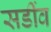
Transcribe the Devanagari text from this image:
सडींव